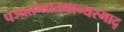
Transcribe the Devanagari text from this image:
पञ्चतन्त्रातथान्यस्माद्